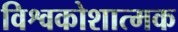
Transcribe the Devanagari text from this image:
विश्वकोशात्मक